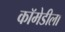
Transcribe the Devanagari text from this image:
कॉमेडीला